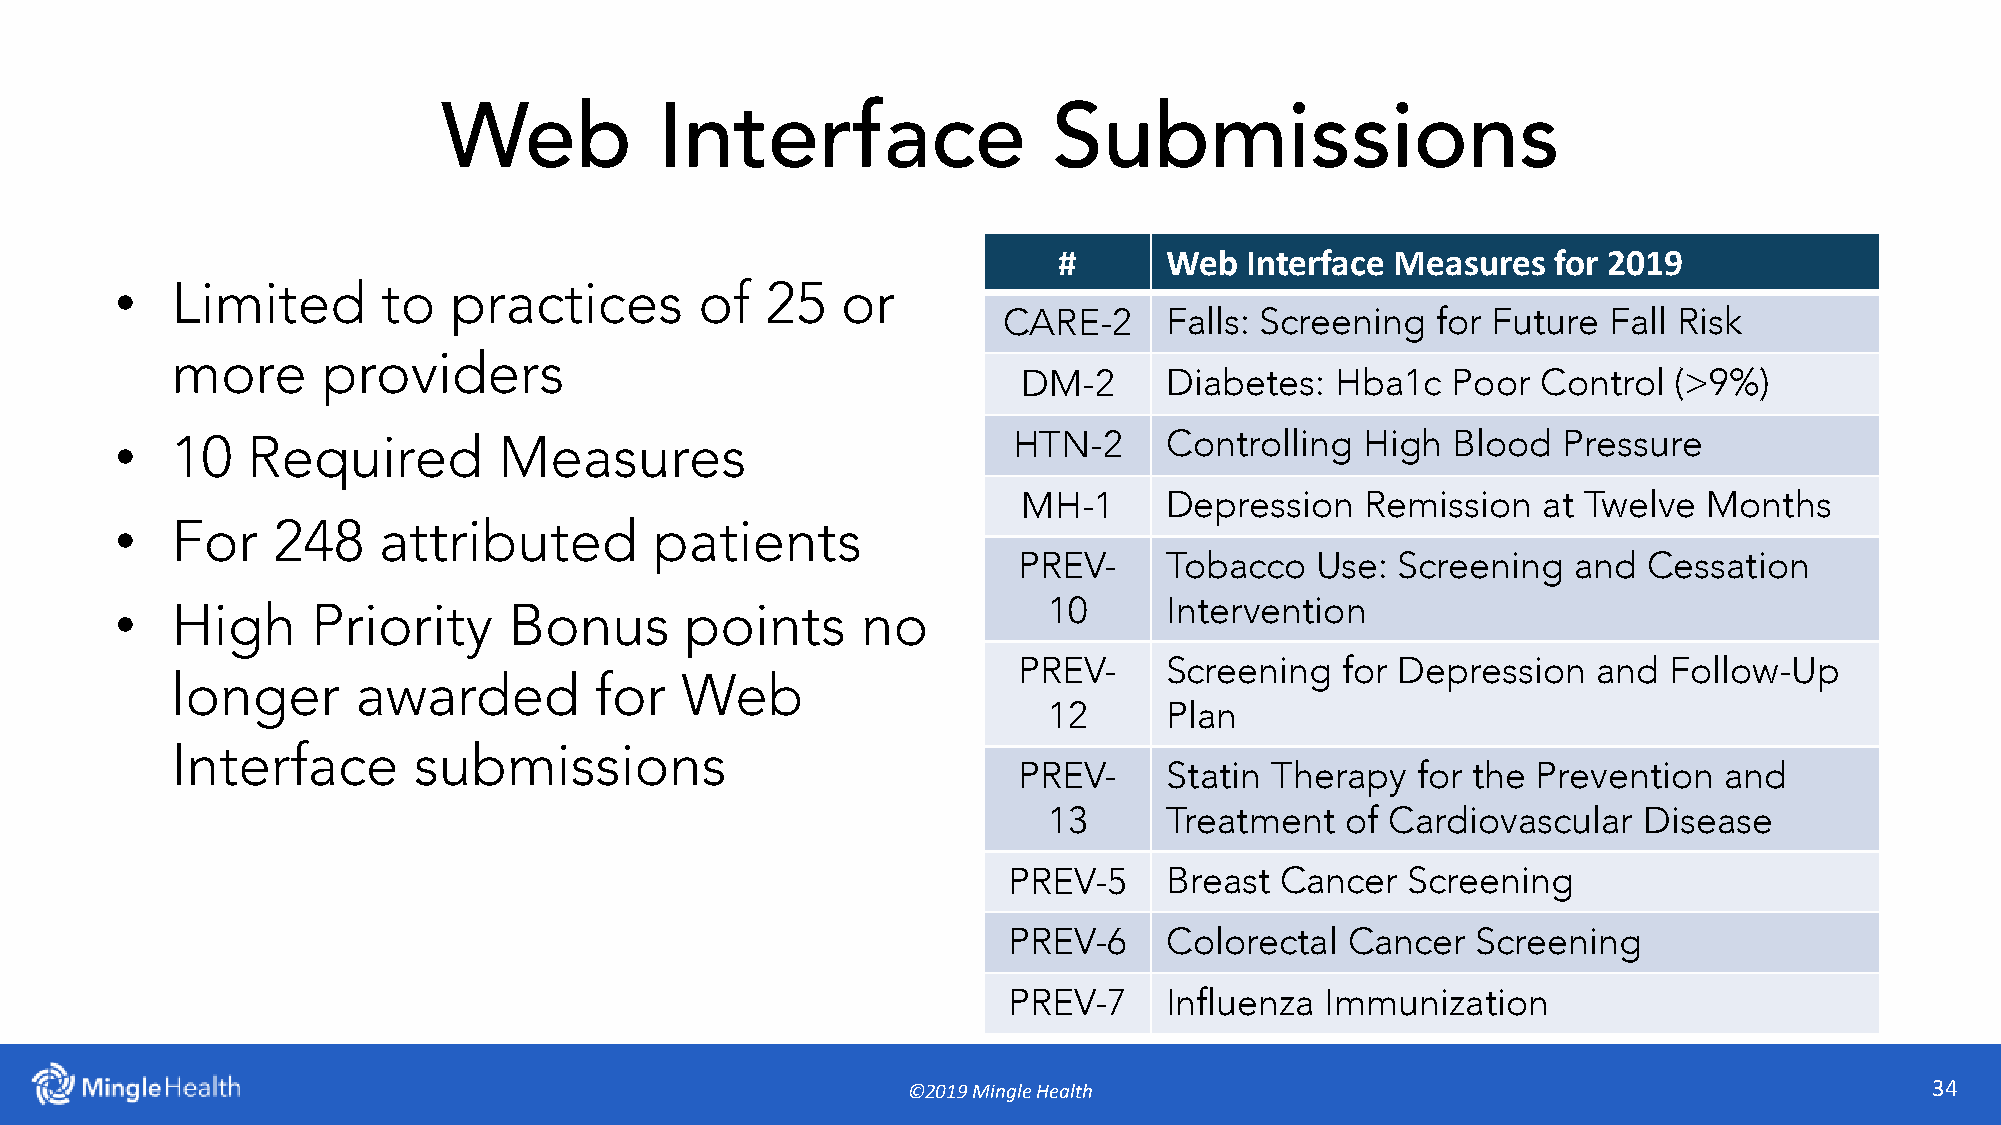
Web            Interface                 Submissions
 #      Web  Interface Measures   for 2019
 •
 Limited       to   practices       of   25   or
 CARE-2     Falls: Screening  for Future Fall Risk
 more      providers
 DM-2     Diabetes:  Hba1c   Poor  Control  (>9%)
 •  10   Required         Measures                          HTN-2     Controlling  High  Blood  Pressure
 MH-1     Depression   Remission   at Twelve  Months
 •
 For    248    attributed        patients
 PREV-     Tobacco   Use:  Screening  and  Cessation
 •                                                            10      Intervention
 High      Priority     Bonus      points      no
 PREV-     Screening   for Depression   and Follow-Up
 longer       awarded        for   Web
 12      Plan
 Interface       submissions
 PREV-     Statin Therapy   for the Prevention  and
 13      Treatment   of Cardiovascular   Disease
 PREV-5    Breast  Cancer  Screening
 PREV-6    Colorectal  Cancer   Screening
 PREV-7    Influenza  Immunization
 ©2019 Mingle Health                                                 34